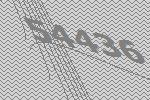
54436